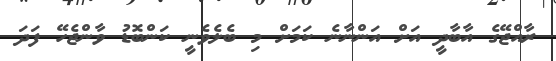
ރާއްޖޭގެ އާބާދީ އަށް އަންނާނެ ކަމަށް މި ބެލެވެނީ ކަންބޮޑު ވާންޖެހޭ ފަދަ